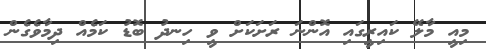
މިއީ މާލޭ ކައިރީގައި އޮންނަ ރަށަކަށް ވީ ހިނދު ބޮޑު ކަމެއް ދިމާވެގެން